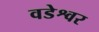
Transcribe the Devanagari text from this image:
वडेश्वर